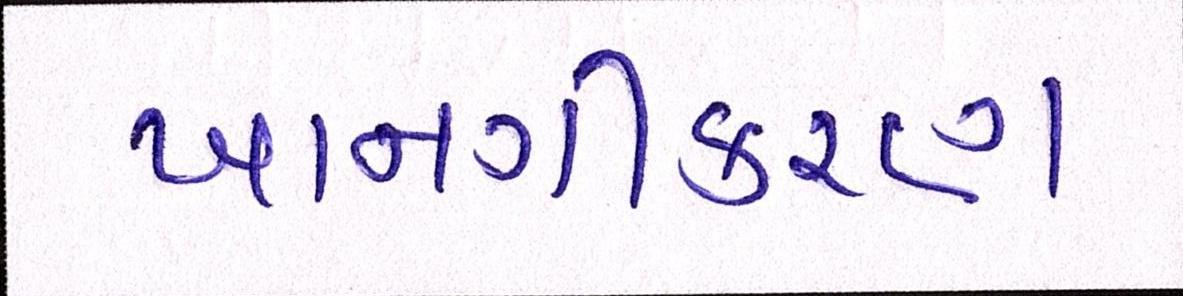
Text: ખાનગીકરણ